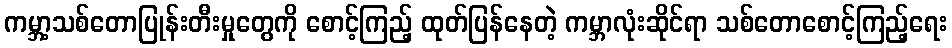
ကမ္ဘာ့သစ်တောပြုန်းတီးမှုတွေကို စောင့်ကြည့် ထုတ်ပြန်နေတဲ့ ကမ္ဘာလုံးဆိုင်ရာ သစ်တောစောင့်ကြည့်ရေး